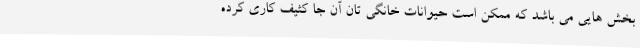
بخش هایی می باشد که ممکن است حیوانات خانگی تان آن جا کثیف کاری کرده